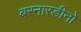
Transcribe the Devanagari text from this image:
बरनारडीनो